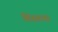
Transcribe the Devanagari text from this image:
तिसाया